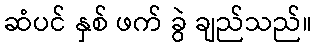
ဆံပင် နှစ် ဖက် ခွဲ ချည်သည်။